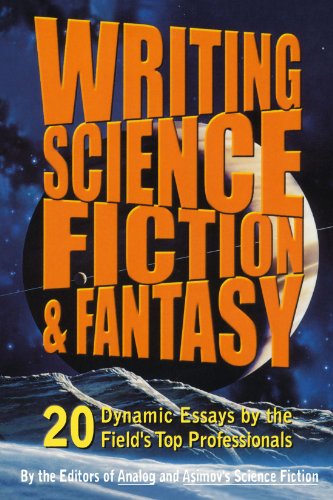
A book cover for Writing Science Fiction & Fantasy; Analog and Isaac Asimov's Science Fiction Magazine; Science Fiction & Fantasy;